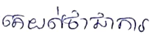
គេយល់ថាជាការ